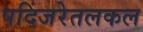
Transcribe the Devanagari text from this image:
पदिंजरेतलकल